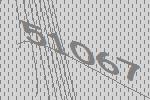
51067